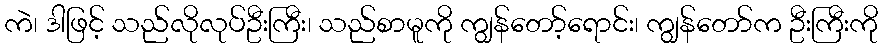
ကဲ၊ ဒါဖြင့် သည်လိုလုပ်ဦးကြီး၊ သည်စာမူကို ကျွန်တော့်ရောင်း၊ ကျွန်တော်က ဦးကြီးကို